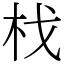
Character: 𣏾